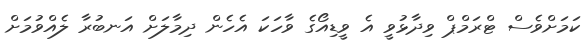
ކަމަށްވެސް ޓްރަމްޕް ވިދާޅުވީ އެ ވީޑިއޯގެ ވާހަކަ އެހެން ދިމާލަށް އަނބުރާ ލެއްވުމަށް